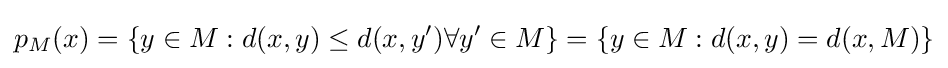
p_{M}(x)=\{y\in M:d(x,y)\leq d(x,y')\forall y'\in M\}=\{y\in M:d(x,y)=d(x,M)\}